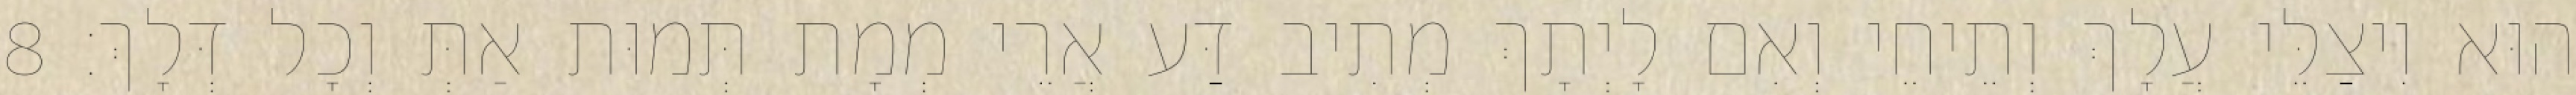
הוּא וִיצַלֵּי עֲלָךְ וְתֵיחֵי וְאִם לָיְתָךְ מְתִיב דַּע אֲרֵי מְמָת תְּמוּת אַתְּ וְכָל דְּלָךְ׃ 8